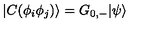
| C ( \phi _ { i } \phi _ { j } ) \rangle = G _ { 0 , - } | \psi \rangle